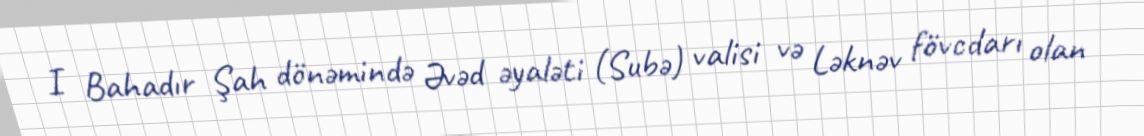
I Bahadır Şah dönəmində Əvəd əyaləti (Subə) valisi və Ləknəv fövcdarı olan